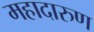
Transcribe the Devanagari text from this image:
महादारुण